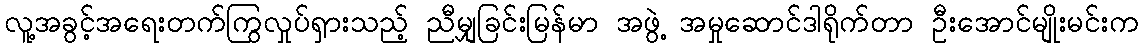
လူ့အခွင့်အရေးတက်ကြွလှုပ်ရှားသည့် ညီမျှခြင်းမြန်မာ အဖွဲ့ အမှုဆောင်ဒါရိုက်တာ ဦးအောင်မျိုးမင်းက